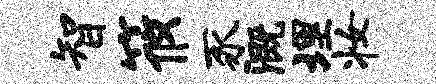
智筱豕溉埋妆